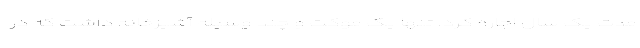
مدت یک سال اجاره کرد. تنها یک موکت و چند وسیله آشپزخانه داشت که در